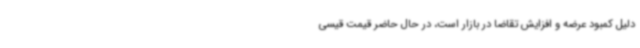
دلیل کمبود عرضه و افزایش تقاضا در بازار است، در حال حاضر قیمت قیسی